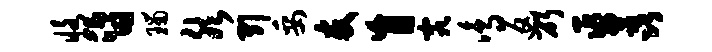
恪昏瑙然引妥友盲究鸣返斫巫荔